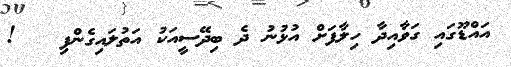
އައްޑޫގައި ގަވާއިދާ ހިލާފަށް އުޅުނު ދެ ބިދޭސީއަކު އަތުލައިގެންފި   !